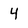
Character: 4